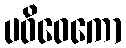
ပဝိဝေကော